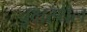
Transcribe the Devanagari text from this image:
वृक्षस्थल